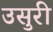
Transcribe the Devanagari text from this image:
उसुरी